Plague in India, 1896, 1897 - Volume 1
Year: 1896
Disease focus: Plague
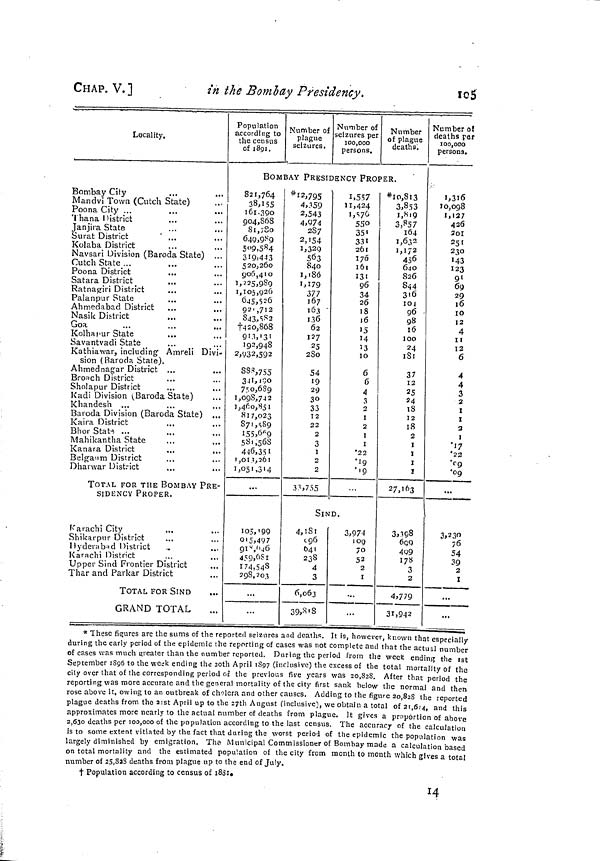
CHAP. V.]
in the Bombay Presidency.
105
Locality.
Bombay City
Mandvi Town (Cutch State)
Poona City ...
'I hana District
Janjira State
Surat District
' ...
Kolaba District
Navsari Division (Baroda State)
Cutch State ...
Poona District
Satara District
Ratnagiri District
Palanpur State
Ahmedabad District
Nasik District
Goa
Kolhapur State
Savantvadi State
Kathiawar, including Amreli Divi-
sion (Baroda State).
Ahmednagar District ...
Broach District
Sholapur District
Kadi Division (Baroda State)
Khandesh ...
Baroda Division (Baroda State) ...
Kaira District
Bhor State ...
Mahikantha State
Kanara District
Belganm District
Dharwar District
...
...
TOTAL FOR THE BOMBAY PRE-
SIDENCY PROPER.
Karachi City
Shikarpur District
Hyderabad District
Karachi District
Upper Sind Frontier District
...
Thar and Parkar District
TOTAL FOR SIND
GRAND TOTAL
Population
according to
the census
of 1891.
Number of
plague
seizures.
Number of
seizures per
100,000
persons.
Number
of plague
deaths.
BOMBAY PRESIDENCY PROPER.
821,764
38,155
161,390
904,868
81,780
640,989
509,584
319,443
520,260
906,410
1,225,989
1,105,926
645,526
921,712
843,582
†420,868
913,131
192,948
2,032,592
888,755
341,490
750,689
1,098,742
1,460,851
817,023
871,889
155,669
581,568
446,351
1,013,261
1,051,314
...
105,190
915,497
918,646
459,681
174,548
298,203
* 12,795
4,359
2,543
4,974
287
2,154
1,329
563
840
1,186
1,179
377
167
163
136
62
127
25
280
54
19
29
3°3
3
12
22
2
3
1
2
2
33,755
SIN
4,181
696
641
238
4
3
6,063
39,818
1,557
11,424
1,576
550
351
331
261
176
161
131
96
34
26
18
)6
15
14
13
10
6
6
4
3
2
I
2
I
I
22
19
19
D.
3,974
109
70
52
2
I
*10,813
3,853
1,819
3,857
164
1,632
1,172
456
640
826
844
316
101
96 -
98
16
100
24
181
37
12
25
24
18
12
18
2
I
I
I
1
27,163
3,398
699
409
178
3
2
4,779
31,942
Number of
deaths per
100,000
persons.
1,316
10,098
1,127
4 36
201
251
230
143
123
91
69
29
16
10
12
4
11
12
6
4
4
3
2
1
I
2
]
17
22
09
09
3,230
76
54
39
2
1
...
...
* These figures are the sums of the reported seizures and deaths. It is, however, known that especially
during the early period of the epidemic the reporting of cases was not complete and that the actual number
of cases was much greater than the number reported. During the period from the week ending the 1st
September 1896 to the week ending the 20th April 1897 (inclusive) the excess of the total mortality of the
city over that of the corresponding period of the previous five years was 20,828. After that period the
reporting was more accurate and the general mortality of the city first sank below the normal and then
rose above it, owing to an outbreak of cholera and other causes. Adding to the figure 20,828 the reported
plague deaths from the 21st April up to the 27th August (inclusive), we obtain a total of 21,614, and this
approximates more nearly to the actual number of deaths from plague. It gives a proportion of above
2,630 deaths per 100,000 of the population according to the last census. The accuracy of the calculation
is to some extent vitiated by the fact that during the worst period of the epidemic the population was
largely diminished by emigration. The Municipal Commissioner of Bombay made a calculation based
on total mortality and the estimated population of the city from month to month which gives a total
number of 25,828 deaths from plague up to the end of July.
t Population according to census of 1881.
14